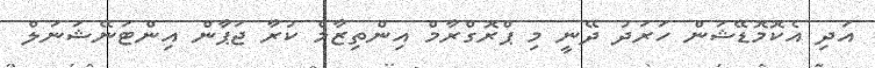
އަދި އެކޮމޮޑޭޝަން ހަރަދު ދޭނީ މި ޕްރޮގްރާމް އިންތިޒާމް ކުރާ ޖަޕާން އިންޓަނޭޝަނަލް